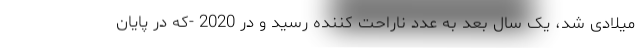
میلادی شد، یک سال بعد به عدد ناراحت کننده رسید و در 2020 -که در پایان